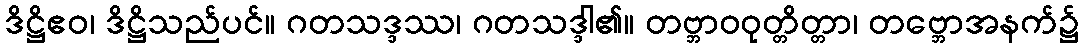
ဒိဋ္ဌိဧဝ၊ ဒိဋ္ဌိသည်ပင်။ ဂတသဒ္ဒဿ၊ ဂတသဒ္ဒါ၏။ တဗ္ဘာဝဝုတ္တိတ္တာ၊ တဗ္ဘောအနက်၌